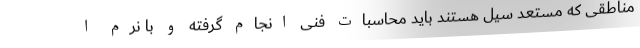
مناطقی که مستعد سیل هستند باید محاسبات فنی انجام گرفته و با نرم ا